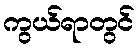
ကွယ်ရာတွင်